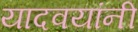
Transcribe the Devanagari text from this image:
यादवयांनी